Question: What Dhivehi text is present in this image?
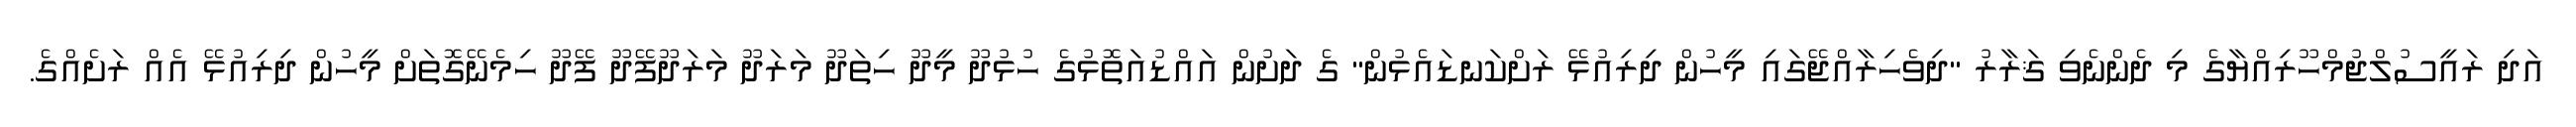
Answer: އަދި ރައީސުލްޖުމްހޫރިއްޔާގެ މި ދެންނެވި ޤަރާރު "ދިވެހިރާއްޖޭގައި މީހުން ދިރިއުޅޭ ރަށްކަނޑައެޅުން" ގެ ދަށުން އައްޑުއަތޮޅުގެ ހުޅުދޫ މީދޫ ހިތަދޫ މަރަދޫ މަރަދޫފޭދޫ ފޭދޫ ހިމެނޭގޮތަށް މީހުން ދިރިއުޅޭ އެއް ރަށެއްގެ.